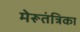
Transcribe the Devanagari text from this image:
मेरूतंत्रिका